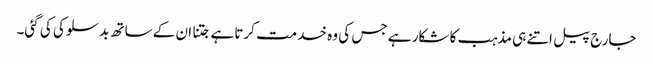
جارج پیل اتنے ہی مذہب کا شکار ہے جس کی وہ خدمت کرتا ہے جتنا ان کے ساتھ بد سلوکی کی گئی۔